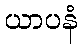
ယာပနံ